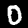
Label: 0